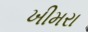
ખીમરા